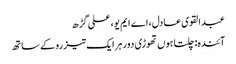
عبدالقوی عادل، اے ایم یو، علی گڑھ
آئندہ: چلتا ہوں تھوڑی دور ہر ایک تیز رو کے ساتھ